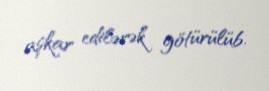
aşkar edilərək götürülüb.